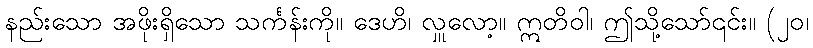
နည်းသော အဖိုးရှိသော သင်္ကန်းကို။ ဒေဟိ၊ လှူလော့။ ဣတိဝါ၊ ဤသို့သော်၎င်း။ (၂၀၊